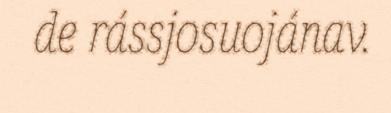
de rássjosuojánav.